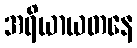
အရိယာယတနေ